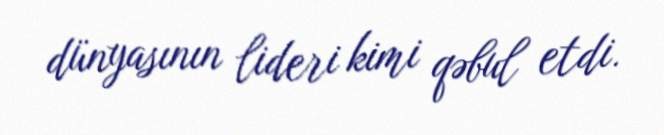
dünyasının lideri kimi qəbul etdi.